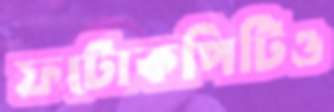
ফটোকপিটিও